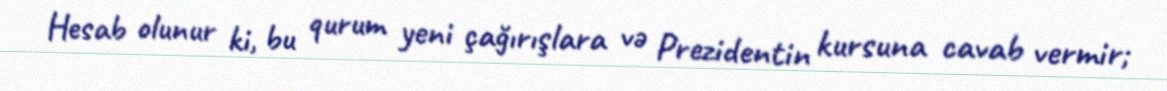
Hesab olunur ki, bu qurum yeni çağırışlara və Prezidentin kursuna cavab vermir;